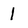
Character: 1